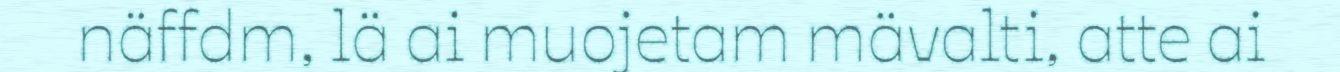
näffdm, lä ai muojetam mävalti, atte ai